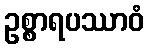
ဥစ္စာရပဿာဝံ